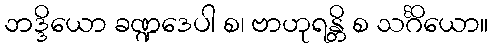
ဘဒ္ဒိယော ခဏ္ဍဒေပါ စ၊ ဗာဟုရန္တိ စ သင်္ဂိယော။